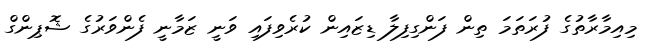
މިއިމާރާތުގެ ފުރަތަމަ ތިން ފަންގިފިލާ ޑިޒައިން ކުރެވިފައި ވަނީ ޒަމާނީ ފެންވަރުގެ ޝޮޕިންގް